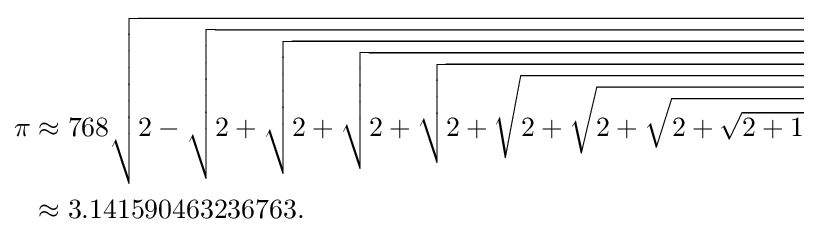
{\begin{aligned}\pi &\approx 768{\sqrt {2-{\sqrt {2+{\sqrt {2+{\sqrt {2+{\sqrt {2+{\sqrt {2+{\sqrt {2+{\sqrt {2+{\sqrt {2+1}}}}}}}}}}}}}}}}}}\\&\approx 3.141590463236763.\end{aligned}}